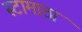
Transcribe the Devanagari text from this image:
स्टामाठा